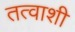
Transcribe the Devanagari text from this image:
तत्वाशी